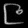
Digit: ၉